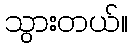
သွားတယ်။